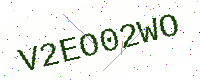
Text: V2EO02WO